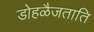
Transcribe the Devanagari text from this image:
डोहळैजताति